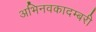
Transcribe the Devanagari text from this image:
अभिनवकादम्बरी